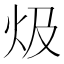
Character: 𤆣